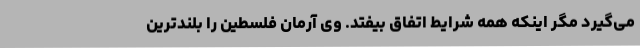
می‌گیرد مگر اینکه همه شرایط اتفاق بیفتد. وی آرمان فلسطین را بلندترین